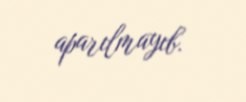
aparılmayıb.